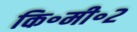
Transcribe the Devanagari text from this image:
कि॰मी॰२